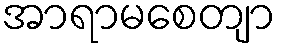
အာရာမစေတျာ